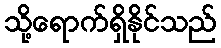
သို့ရောက်ရှိနိုင်သည်